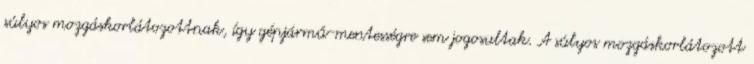
súlyos mozgáskorlátozottnak, így gépjármű-mentességre sem jogosultak. A súlyos mozgáskorlátozott